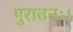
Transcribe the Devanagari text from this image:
पुरातनः।